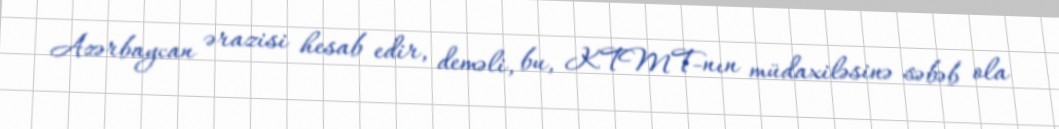
Azərbaycan ərazisi hesab edir, deməli, bu, KTMT-nın müdaxiləsinə səbəb ola